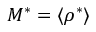
M ^ { * } = \langle \rho ^ { * } \rangle